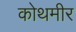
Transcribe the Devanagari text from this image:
कोथमीर